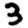
Digit: 3